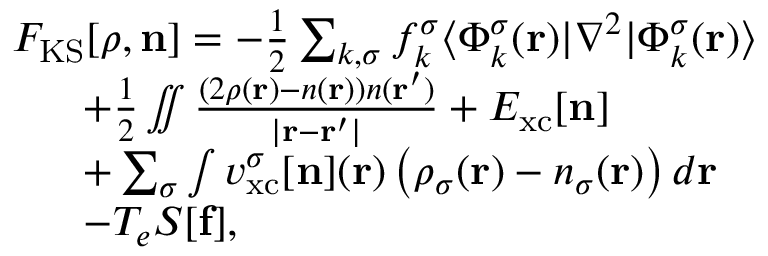
\begin{array} { r l } & { { \cal F } _ { \mathrm { K S } } [ { \boldsymbol \rho } , { \bf n } ] = - \frac { 1 } { 2 } \sum _ { k , \sigma } f _ { k } ^ { \sigma } \langle \Phi _ { k } ^ { \sigma } ( { \bf r } ) \vert \nabla ^ { 2 } \vert \Phi _ { k } ^ { \sigma } ( { \bf r } ) \rangle } \\ & { ~ ~ ~ ~ ~ + \frac { 1 } { 2 } \iint \frac { \left( 2 { \rho } ( { \bf r } ) - n ( { \bf r } ) \right) { n } ( { \bf r ^ { \prime } } ) } { \vert { \bf r - r ^ { \prime } } \vert } + E _ { \mathrm { x c } } [ { \bf n } ] } \\ & { ~ ~ ~ ~ ~ + \sum _ { \sigma } \int v _ { \mathrm { x c } } ^ { \sigma } [ { \bf n } ] ( { \bf r } ) \left( \rho _ { \sigma } ( { \bf r } ) - n _ { \sigma } ( { \bf r } ) \right) d { \bf r } } \\ & { ~ ~ ~ ~ ~ - T _ { e } { \cal S } [ { \bf f } ] , } \end{array}